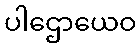
ပါဌောယေဝ